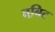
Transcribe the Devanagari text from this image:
बबिट